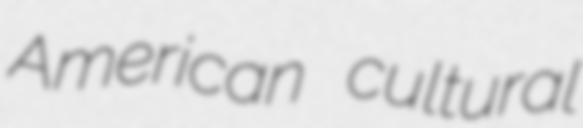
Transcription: American cultural